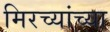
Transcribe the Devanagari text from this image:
मिरच्यांच्या